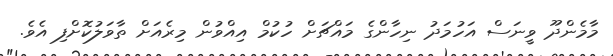
މާމެންދޫ ވީނަސް އަހުމަދު ނިހާންގެ މައްޗަށް ހުކުމް އިއްވުން މިރެއަށް ތާވަލުކޮށްފި އެވެ.